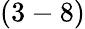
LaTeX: (3-8)